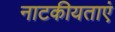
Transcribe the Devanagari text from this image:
नाटकीयताएं